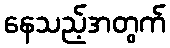
နေသည့်အတွက်